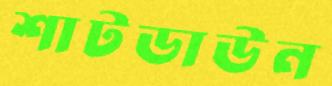
শাটডাউন